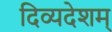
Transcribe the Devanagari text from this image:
दिव्यदेशम्